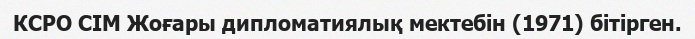
КСРО СІМ Жоғары дипломатиялық мектебін (1971) бітірген.